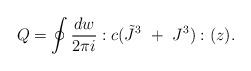
LaTeX: \begin{align*}Q=\oint{dw\over2\pi i}:c(\tilde J^3~+~J^3):(z).\end{align*}